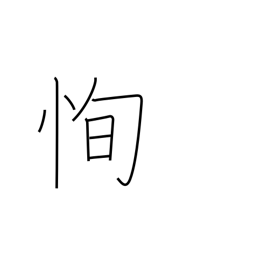
Meaning: blinking